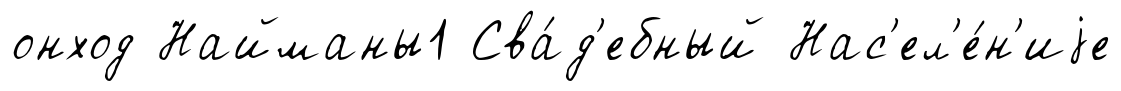
онход Найманы1 Сва́д'ебный Нас'ел'е́н'иjе